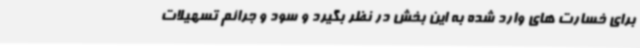
برای خسارت های وارد شده به این بخش در نظر بگیرد و سود و جرائم تسهیلات